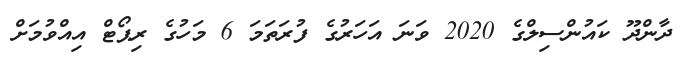
ދާންދޫ ކައުންސިލްގެ 2020 ވަނަ އަހަރުގެ ފުރަތަމަ 6 މަހުގެ ރިޕޯޓް އިއްވުމަށް